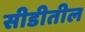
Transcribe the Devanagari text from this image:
सीडीतील